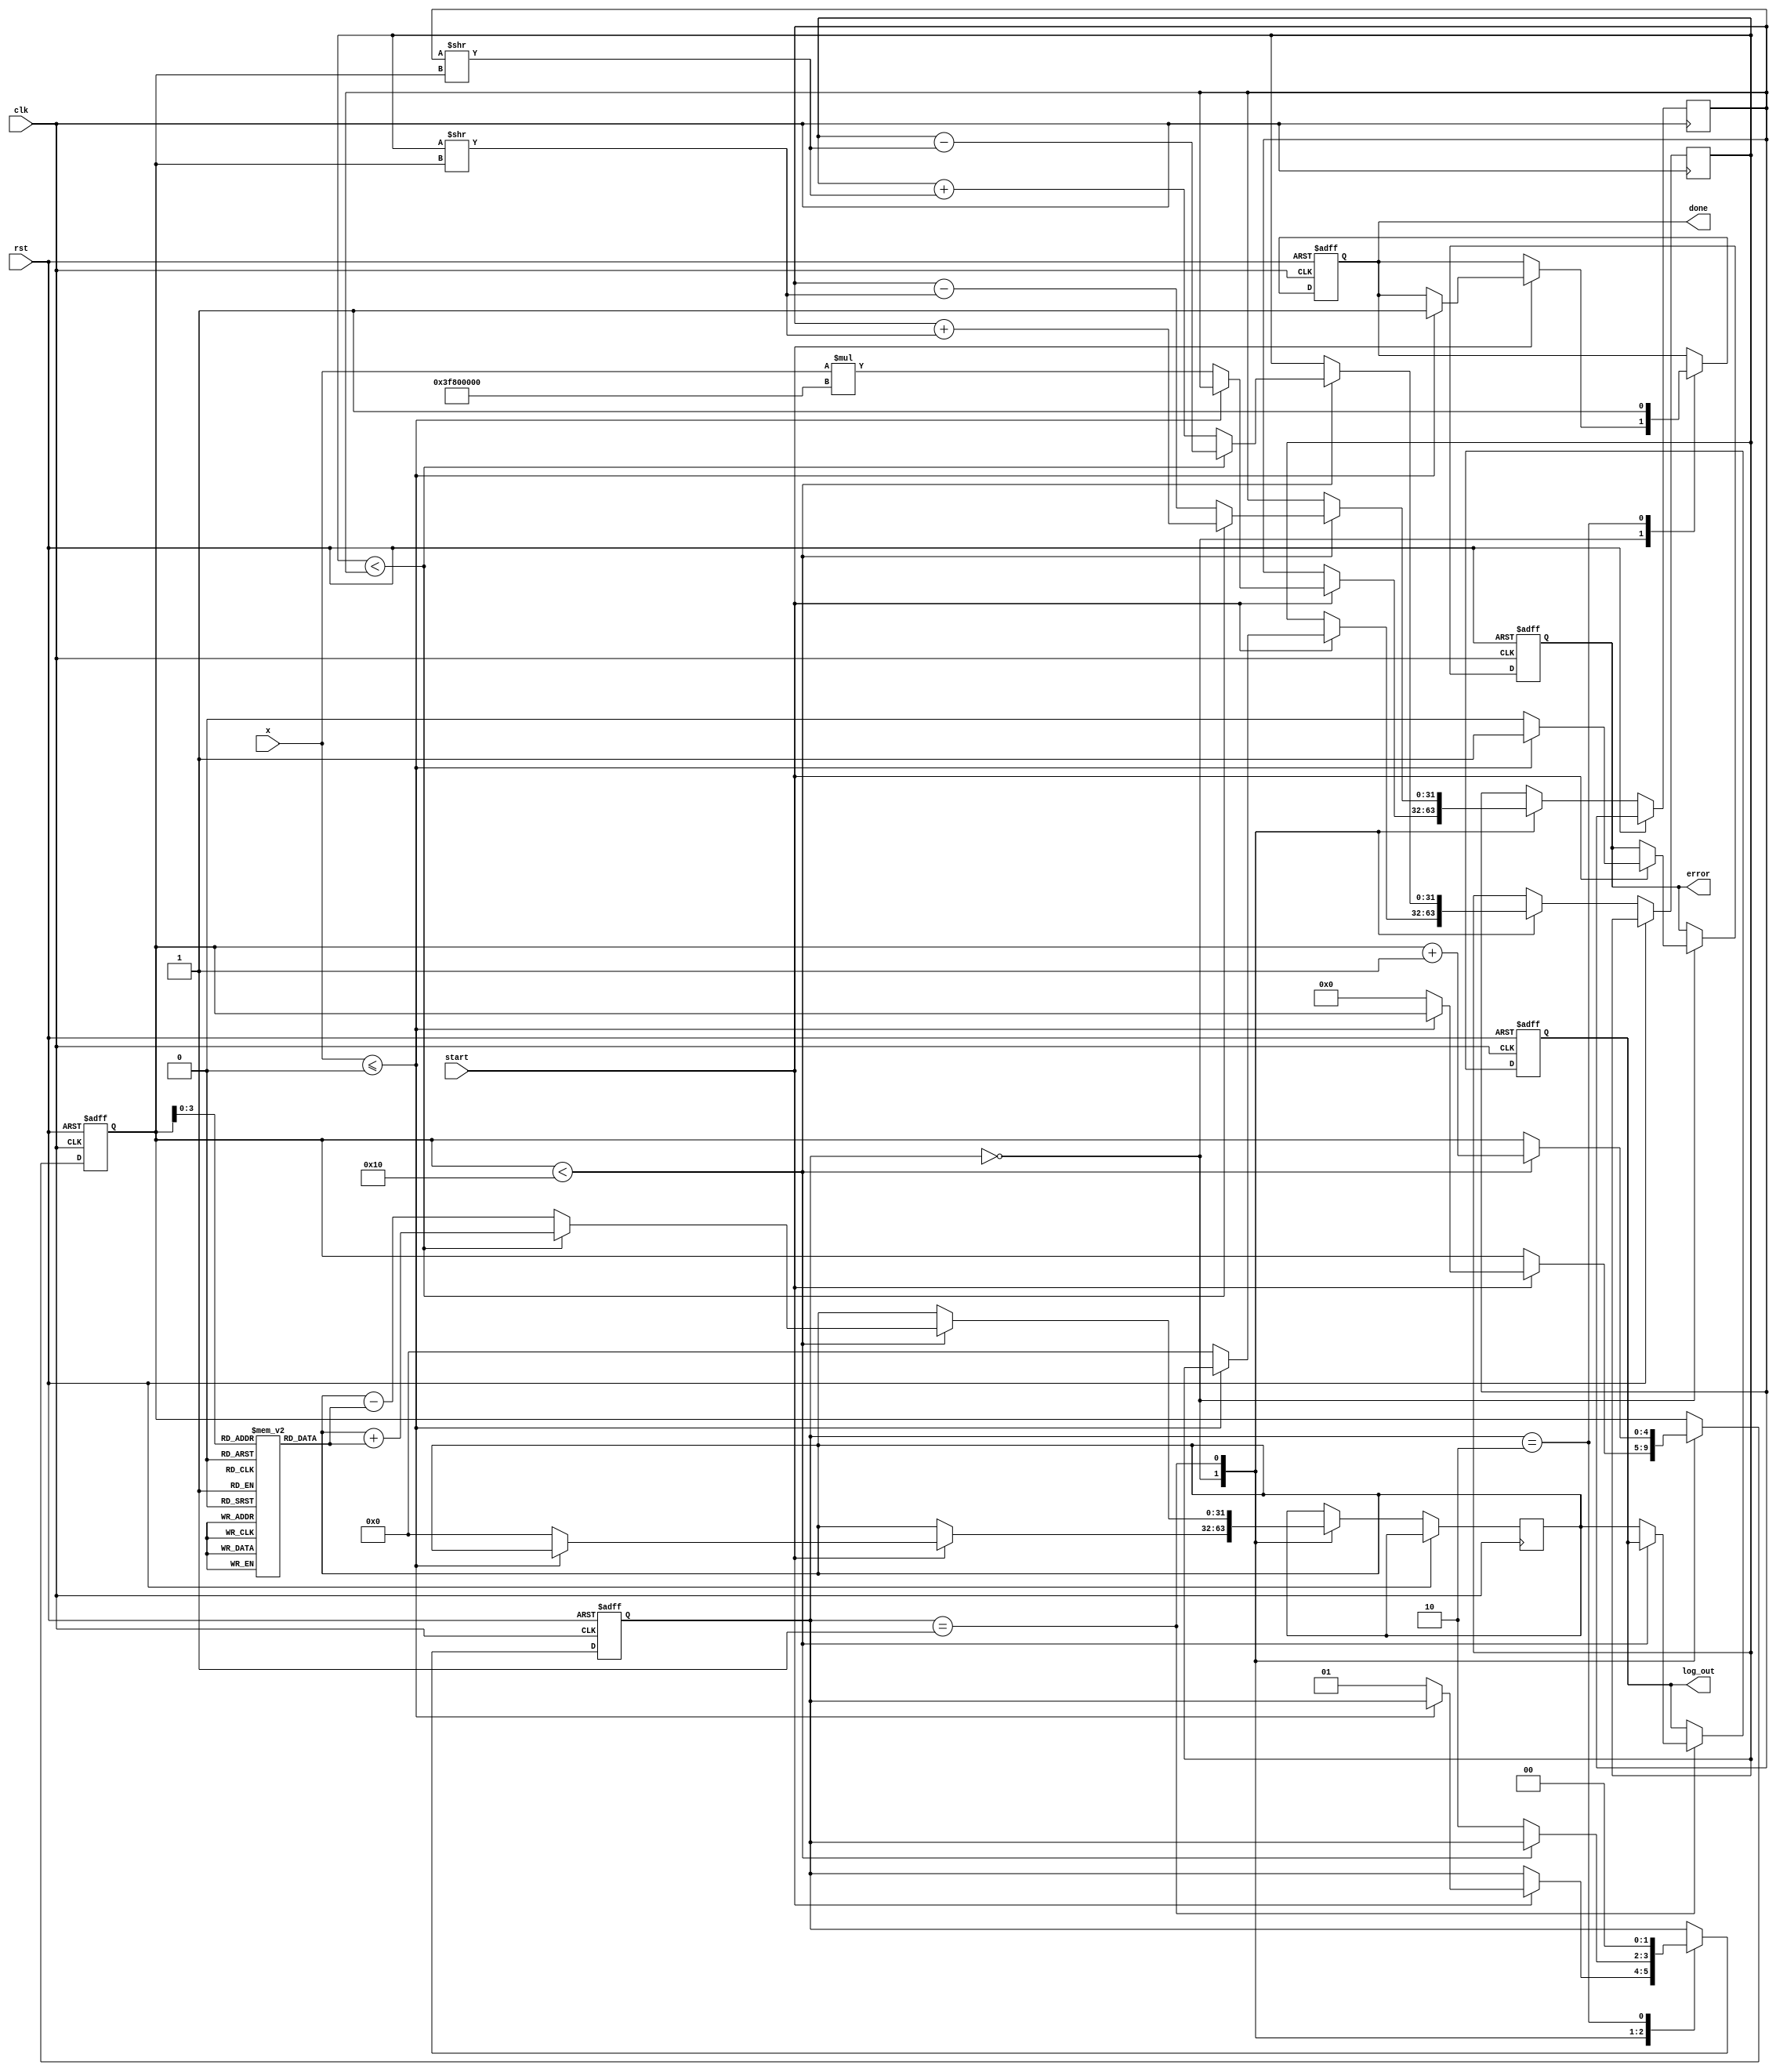
module cordic_logarithm (
    input wire clk,
    input wire rst,
    input wire start,
    input wire [31:0] x, // Input normalized floating-point number
    output reg [31:0] log_out, // Output logarithm result
    output reg done, // Indicates completion of calculation
    output reg error // Indicates an error (e.g., invalid input)
);

    parameter N = 16; // Number of iterations
    parameter SCALE_FACTOR = 32'h3F800000; // Scaling factor for normalization (example: 1.0 in IEEE 754)
    
    reg [31:0] angle_table [0:N-1]; // Precomputed arctangent values
    reg [31:0] x_curr, y_curr, z_curr; // Current values for CORDIC
    reg [4:0] iteration; // Iteration counter
    reg [1:0] state; // FSM state

    // State encoding
    localparam IDLE = 2'b00;
    localparam PROCESS = 2'b01;
    localparam OUTPUT = 2'b10;

    // Initialize arctangent values (in radians)
    initial begin
        angle_table[0] = 32'h3F490FDB; // atan(2^-0)
        angle_table[1] = 32'h3F22D4D8; // atan(2^-1)
        angle_table[2] = 32'h3F0C9F8F; // atan(2^-2)
        angle_table[3] = 32'h3EDB6F3D; // atan(2^-3)
        // Continue filling the table...
    end

    // FSM for control logic
    always @(posedge clk or posedge rst) begin
        if (rst) begin
            state <= IDLE;
            done <= 0;
            error <= 0;
            iteration <= 0;
            log_out <= 0;
        end else begin
            case (state)
                IDLE: begin
                    if (start) begin
                        if (x <= 0) begin
                            error <= 1; // Invalid input
                            done <= 1;
                        end else begin
                            error <= 0;
                            x_curr <= x * SCALE_FACTOR; // Scale input
                            y_curr <= 32'h00000000; // Initial y value
                            z_curr <= 32'h00000000; // Initial angle
                            iteration <= 0;
                            state <= PROCESS;
                        end
                    end
                end
                PROCESS: begin
                    if (iteration < N) begin
                        // CORDIC rotation logic
                        if (y_curr < x_curr) begin
                            // Rotate positively
                            x_curr <= x_curr + (y_curr >> iteration);
                            y_curr <= y_curr - (x_curr >> iteration);
                            z_curr <= z_curr + angle_table[iteration];
                        end else begin
                            // Rotate negatively
                            x_curr <= x_curr - (y_curr >> iteration);
                            y_curr <= y_curr + (x_curr >> iteration);
                            z_curr <= z_curr - angle_table[iteration];
                        end
                        iteration <= iteration + 1;
                    end else begin
                        // Finished processing
                        log_out <= z_curr; // Output the logarithm value
                        state <= OUTPUT;
                    end
                end
                OUTPUT: begin
                    done <= 1; // Indicate completion
                    state <= IDLE; // Reset to IDLE state
                end
            endcase
        end
    end

endmodule